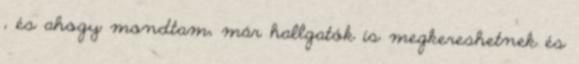
, és ahogy mondtam, már hallgatók is megkereshetnek és